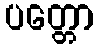
ပတ္တော